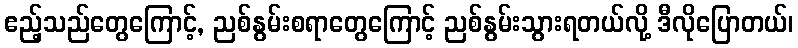
ဧည့်သည်တွေကြောင့်, ညစ်နွမ်းစရာတွေကြောင့် ညစ်နွမ်းသွားရတယ်လို့ ဒီလိုပြောတယ်၊